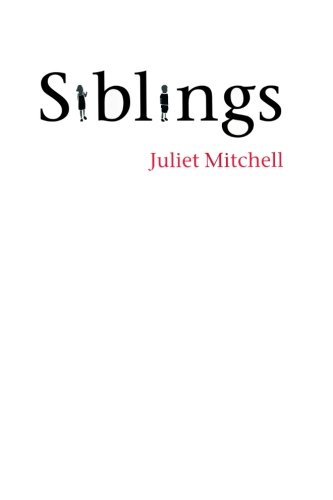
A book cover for Siblings: Sex and Violence; Juliet Mitchell; Parenting & Relationships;